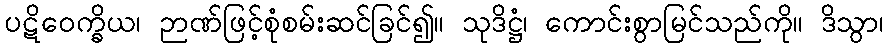
ပဋိဝေက္ခိယ၊ ဉာဏ်ဖြင့်စုံစမ်းဆင်ခြင်၍။ သုဒိဋ္ဌံ၊ ကောင်းစွာမြင်သည်ကို။ ဒိသွာ၊